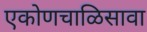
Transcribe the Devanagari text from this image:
एकोणचाळिसावा